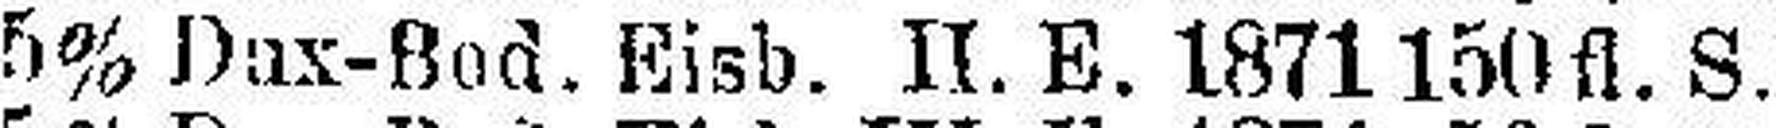
5% Dux-Bod. Eisb. II. E. 1871 150 fl. S.